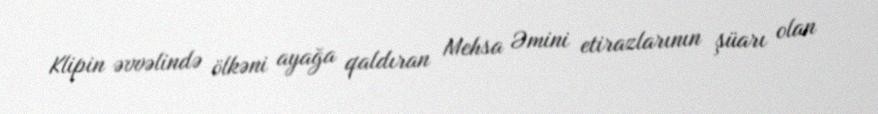
Klipin əvvəlində ölkəni ayağa qaldıran Mehsa Əmini etirazlarının şüarı olan